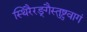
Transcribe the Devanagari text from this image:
स्थिरैरङ्गैस्तुष्टुवागं